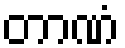
တာဏံ